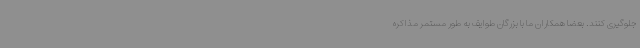
جلوگیری کنند. بعضا همکاران ما با بزرگان طوایف به طور مستمر مذاکره